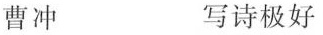
曹冲 写诗极好